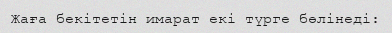
Жаға бекітетін имарат екі түрге бөлінеді: